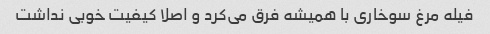
فیله مرغ سوخاری با همیشه فرق می‌کرد و اصلا کیفیت خوبی نداشت